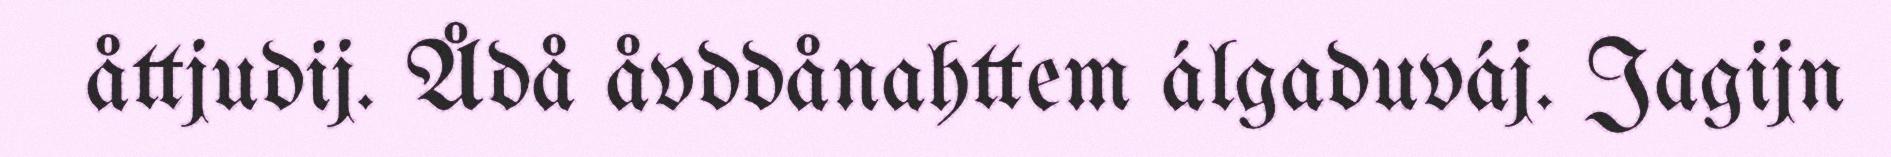
åttjudij. Ådå åvddånahttem álgaduváj. Jagijn